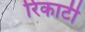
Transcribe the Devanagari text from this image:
रिकाटी